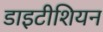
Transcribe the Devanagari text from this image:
डाइटीशियन